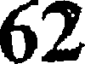
62